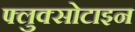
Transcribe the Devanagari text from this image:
फ्लुक्सोटाइन